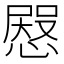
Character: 𢠬